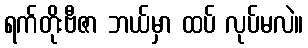
ရက်တိုးဗီဇာ ဘယ်မှာ ထပ် လုပ်မလဲ။